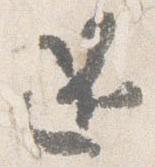
還